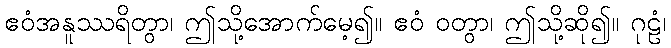
ဧဝံအနူဿရိတွာ၊ ဤသို့အောက်မေ့၍။ ဧဝံ ဝတွာ၊ ဤသို့ဆို၍။ ဂုဠံ၊